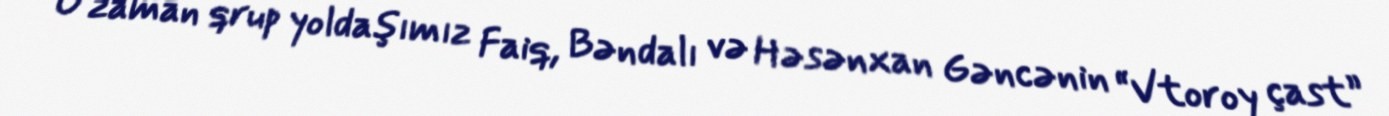
O zaman qrup yoldaşımız Faiq, Bəndalı və Həsənxan Gəncənin “Vtoroy çast”